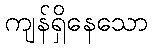
ကျန်ရှိနေသော